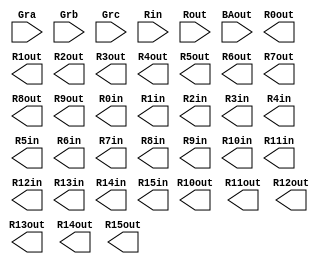
module selectencode(
	input Gra, Grb, Grc, Rin, Rout, BAout,
	output R0out, R1out, R2out, R3out, R4out, R5out, R6out, R7out, R8out, R9out, R10out, R11out, R12out, R13out, R14out, R15out, 
	output R0in, R1in, R2in, R3in, R4in, R5in, R6in, R7in, R8in, R9in, R10in, R11in, R12in, R13in, R14in, R15in);
	
	
	
	
	
	
endmodule